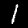
Label: 1